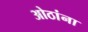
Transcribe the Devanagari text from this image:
ओठांना